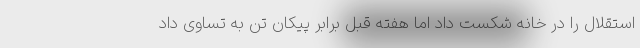
استقلال را در خانه شکست داد اما هفته قبل برابر پیکان تن به تساوی داد